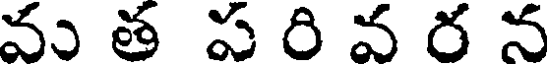
వ త ప రి వ ర న